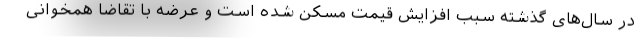
در سال‌های گذشته سبب افزایش قیمت مسکن شده است و عرضه با تقاضا همخوانی